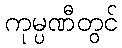
ကုမ္ပဏီတွင်